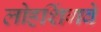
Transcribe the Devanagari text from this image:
लोहशिंगवे